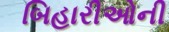
બિહારીઓની